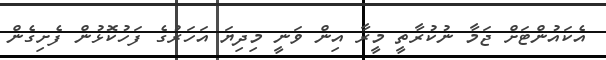
އެކައުންޓަށް ޖަމާ ނުކުރާތީ މީރާ އިން ވަނީ މިދިޔަ އަހަރުގެ ފަހުކޮޅުން ފެށިގެން